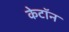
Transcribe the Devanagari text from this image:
केटॉन